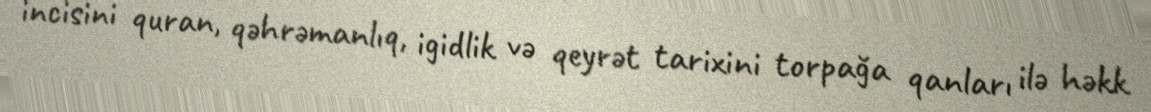
incisini quran, qəhrəmanlıq, igidlik və qeyrət tarixini torpağa qanları ilə həkk